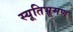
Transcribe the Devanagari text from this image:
स्यूतिभ्रूमण